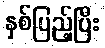
နှစ်ပြည့်ပြီး